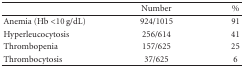
<table><thead><tr><td></td><td><b>Number</b></td><td><b>%</b></td></tr></thead><tbody><tr><td>Anemia (Hb &lt;10 g/dL)</td><td>924/1015</td><td>91</td></tr><tr><td>Hyperleucocytosis</td><td>256/614</td><td>41</td></tr><tr><td>Thrombopenia</td><td>157/625</td><td>25</td></tr><tr><td>Thrombocytosis</td><td>37/625</td><td>6</td></tr></tbody></table>